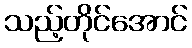
သည့်တိုင်အောင်